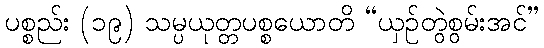
ပစ္စည်း (၁၉) သမ္ပယုတ္တပစ္စယောတိ “ယှဉ်တွဲစွမ်းအင်”